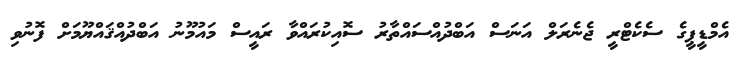
އެމްޑީޕީގެ ސެކެޓްރީ ޖެނެރަލް އަނަސް އަބްދުއްސައްތާރު ސޮއިކުރައްވާ ރައީސް މައުމޫނު އަބްދުއްޤައްޔޫމަށް ފޮނުވި